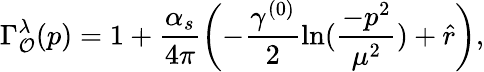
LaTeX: \Gamma_{\mathcal{O}}^{\lambda}(p)=1+\frac{{\alpha_{s}}}{{4\pi}}\left(-\frac{{\gamma^{(0)}}}{{2}}\ln(\frac{{-p^{2}}}{{\mu^{2}}})+\hat{{r}}\right),